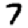
Digit: 7